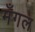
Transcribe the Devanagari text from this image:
मँगल